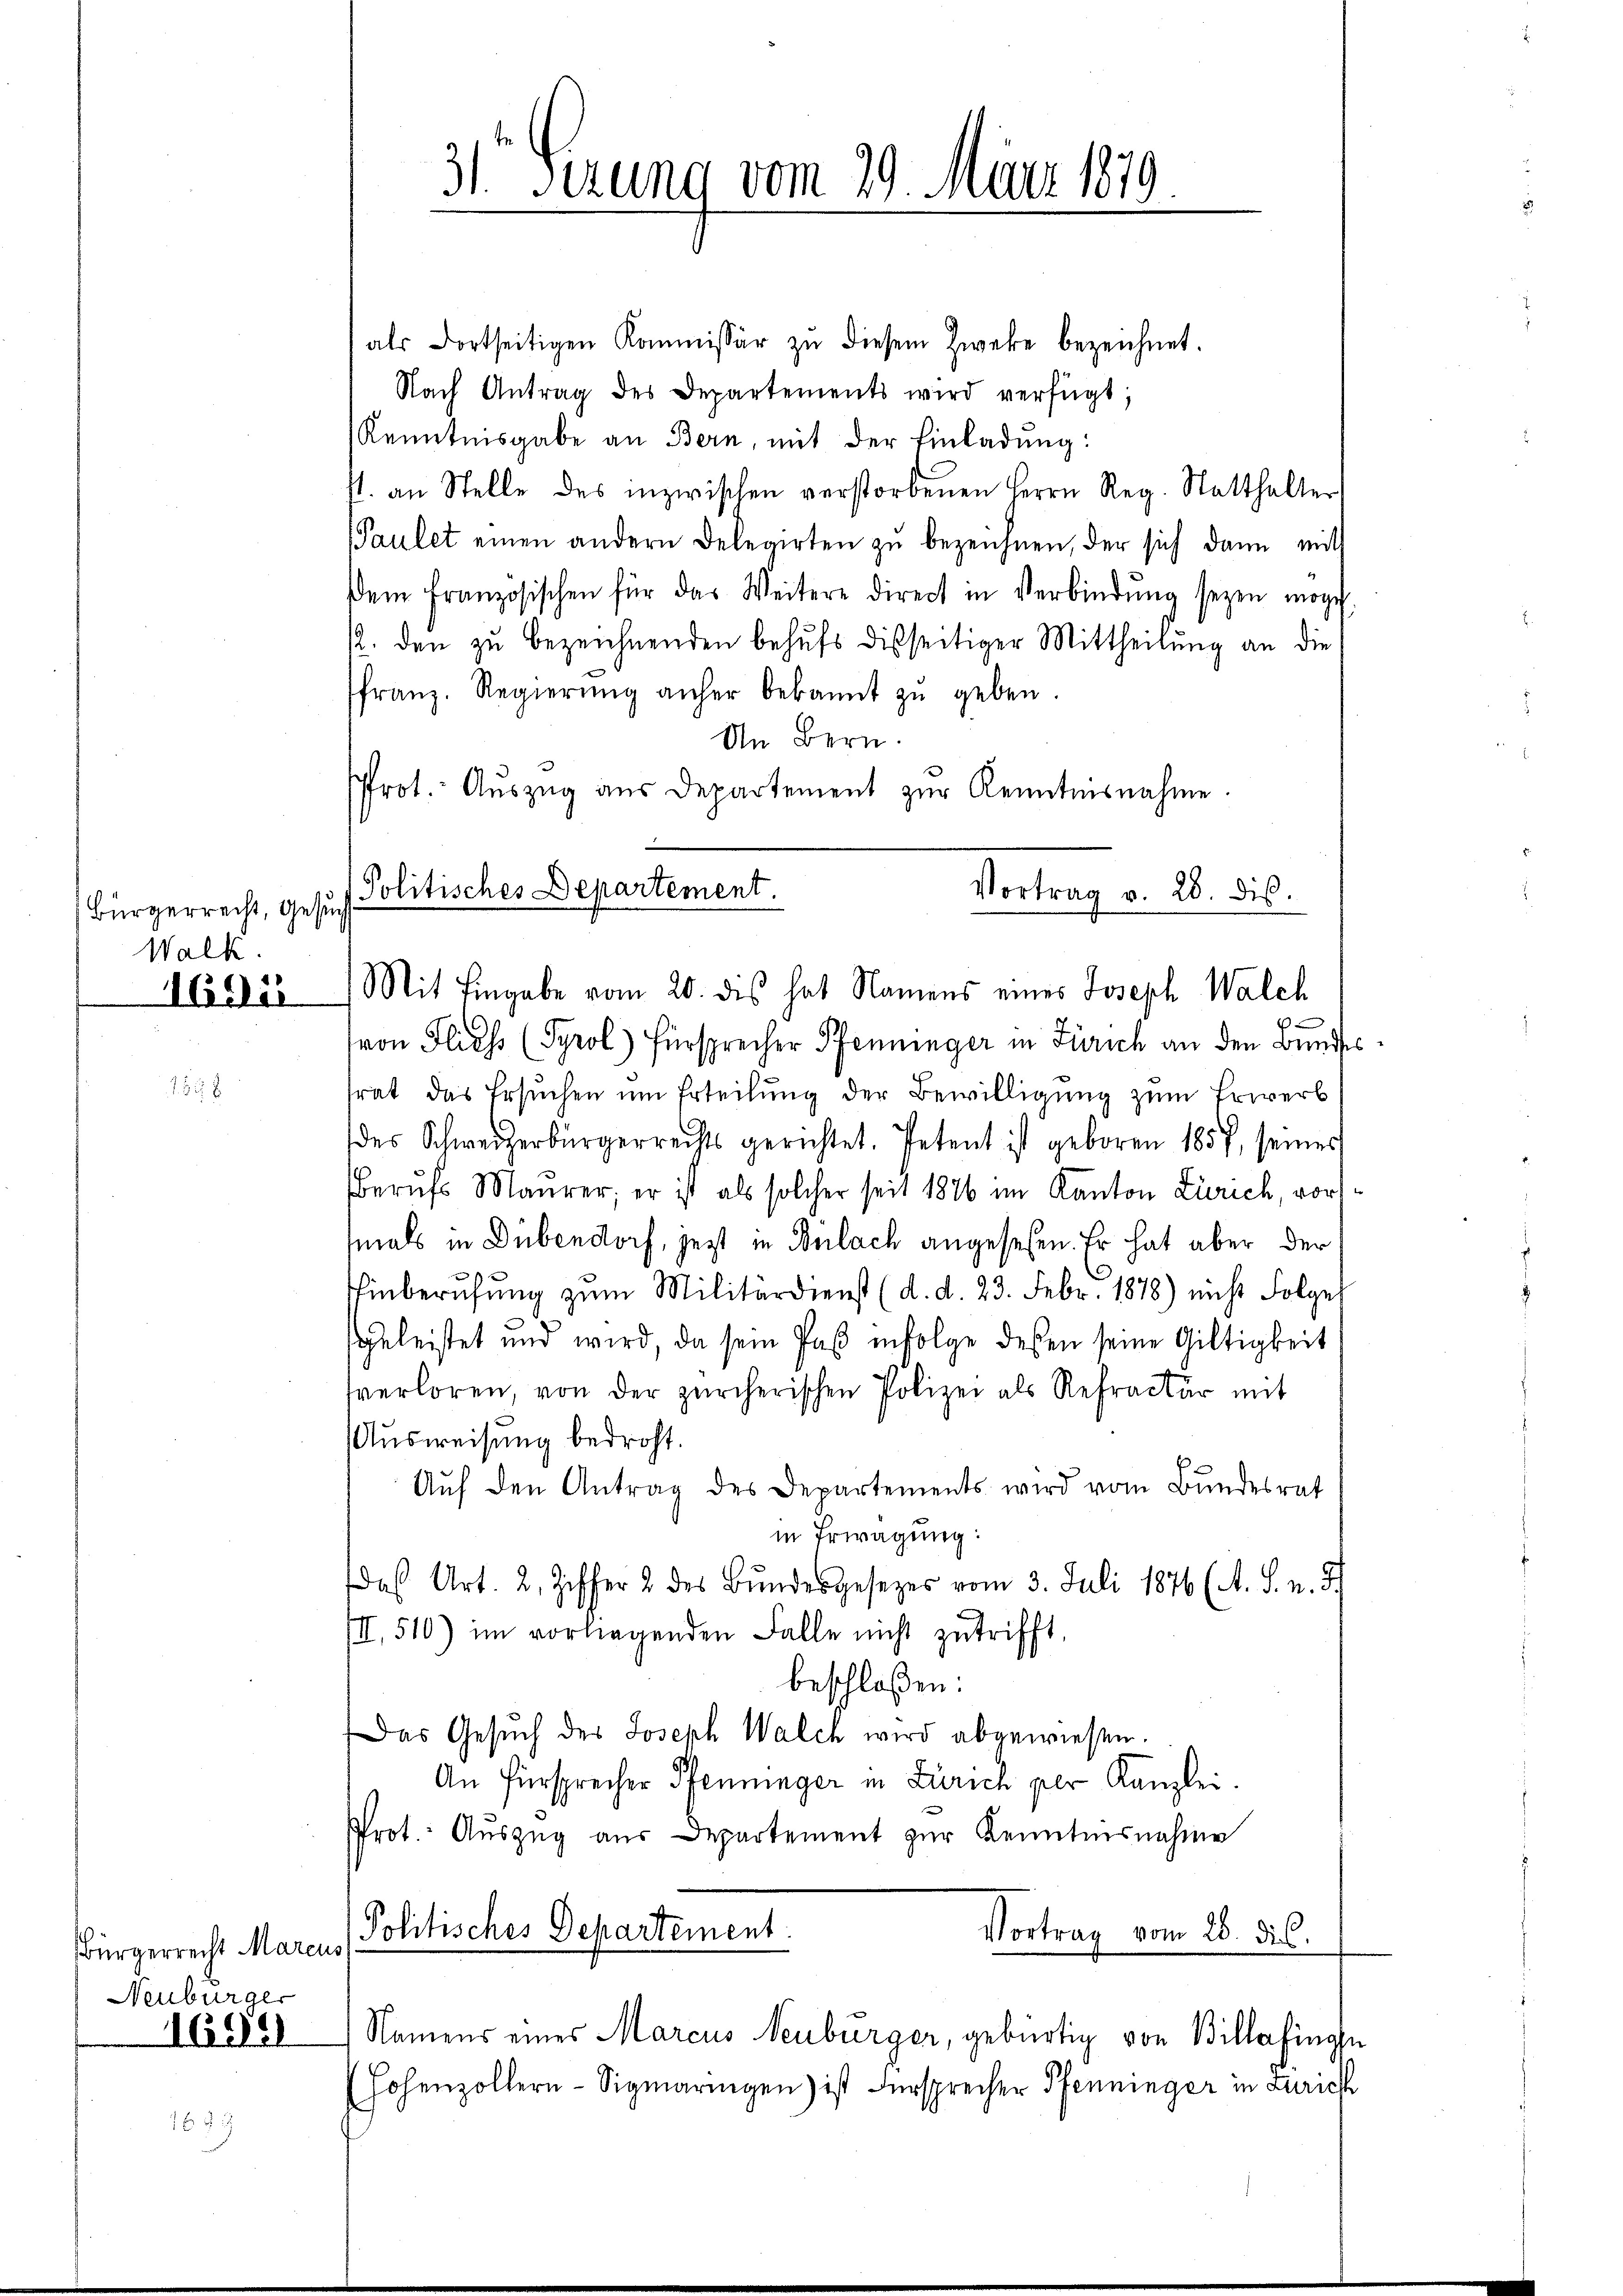
Bürgerrecht, Gesuch
Walk.
Häder

1558

Bürgerrecht Marcus
Neuburger
1699

als dortseitigen Kommissär zŭ diesem Zweke bezeichnet.
Nach Antrag des Departements wird verfügt;
Kenntnisgabe an Bern, mit der Einladung:
st. an Stelle des inzwischen verstorbenen Herrn Reg. Statthalter
Paulet einen andern Delegirten zŭ bezeichnen, der sich dann mit
dem französischen für das Weitere direct in Verbindŭng seyen möge
p. den zu bezeichnenden behufs disseitiger Mittheilung an die
franz. Regierŭng anher bekannt zŭ geben.
In Bern.
Prot. Auszug aus Departement zur Kenntnisnahme.
Politisches Departement.
Vortrag v. 28. dis.

Mit Eingabe vom 20. dies hat Namens eines Joseph Walch

31 Fezung vom 29. März 1879
e

(von Fliess (Pyrol) Fürsprecher Pfenninger in Zürich an den Bundes
srat das Ersuchen um Erteilung der Bewilligung zum Erwerb
des Schweizerbürgerrechts gerichtet. Petent ist geboren 1857, seiner
Berufs Maurer, er ist als solcher seit 1876 im Kanton Zürich, vormals in Dübendorf, jezt in Bulach angesehen. Er hat aber der
hinberufung zum Militärdienst (d. d. 23. Febr. 1878) nicht Folge
sgeleistet und wird, da sein Paß infolge deßen seine Giltigkeit
verloren, von der zürcherischen Polizei als Refractur mit
Ausweisung bedroht.
Aŭf den Antrag des Departements wird vom Bundesrat
in Erwägung:
daß Art. 2, Ziffer 2 des Bundesgesetzes vom 3. Juli 1876 (A. S. n. 3)
III, 510) im vorliegenden Falle nicht zutrifft,
beschloßen:
Das Gesŭch des Joseph Walch wird abgewiesen.
An Fürsprecher Pfenninger in Zürich per Kanzlei.
Prot. Auszug aus Departement zur Kenntnisnahme
Politisches Departement.
Vortrag vom 28. di
Namens eines Marcus Neuburger, gebürtig von Billafinge
Hohenzollern - Sigmaringen) ist Fürsprecher Pfenninger in Zürich